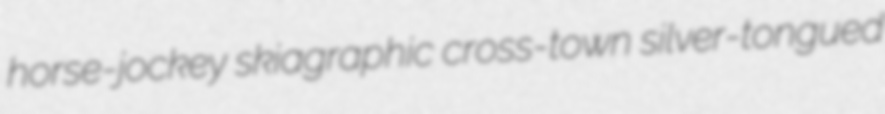
horse-jockey skiagraphic cross-town silver-tongued